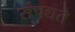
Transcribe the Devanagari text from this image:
संपद्यते